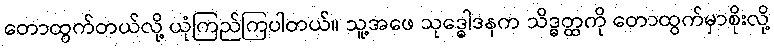
တောထွက်တယ်လို့ ယုံကြည်ကြပါတယ်။ သူ့အဖေ သုဒ္ဓေါဒနက သိဒ္ဓတ္ထကို တောထွက်မှာစိုးလို့